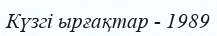
Күзгі ырғақтар - 1989